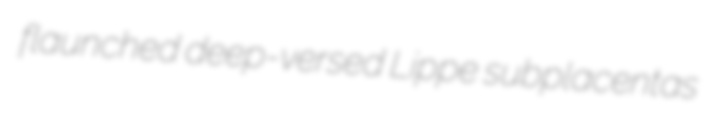
flaunched deep-versed Lippe subplacentas